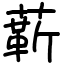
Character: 龩